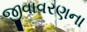
જીવાવરણના